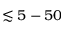
\lesssim 5 - 5 0